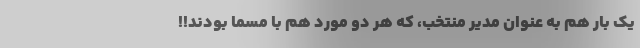
یک بار هم به عنوان مدیر منتخب، که هر دو مورد هم با مُسَمٌا بودند!!